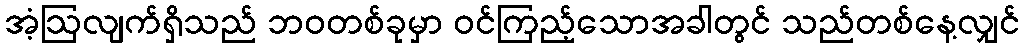
အံ့ဩလျက်ရှိသည် ဘဝတစ်ခုမှာ ဝင်ကြည့်သောအခါတွင် သည်တစ်နေ့လျှင်